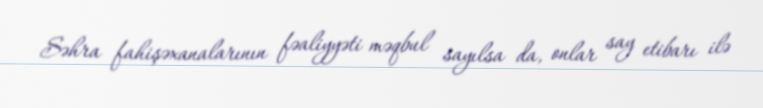
Səhra fahişəxanalarının fəaliyyəti məqbul sayılsa da, onlar say etibarı ilə